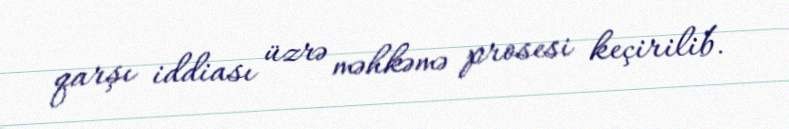
qarşı iddiası üzrə məhkəmə prosesi keçirilib.